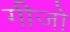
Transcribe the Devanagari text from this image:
गीजों